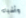
وأشياء